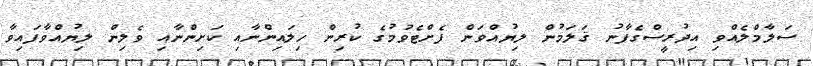
ސަލާމްލެއްވި އިދުރީސްގެފާނު ޤަލަމުން ލިޔުއްވަން ފެށްޓެވުމުގެ ކުރިން ހިލައިންނާއި ކަށިންނާއި ވެލިން ލިޔުއްވާފައިވާ